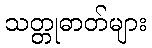
သတ္တုဓာတ်များ